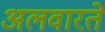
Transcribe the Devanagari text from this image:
अलवारते